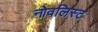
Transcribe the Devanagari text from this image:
नोवलिस्ट